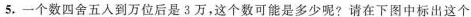
5.一个数四舍五入到万位后是3万，这个数可能是多少呢?请在下图中标出这个